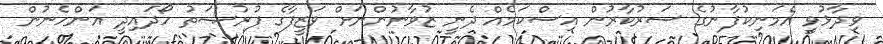
ވިދާޅުވީ އެމަނިކުފާނުގެ ސަރުކާރުން އިސްކަމެއް ދެނީ ޒުވާނުންނަށް ވަޒީފާގެ ފުރުޞަތު ހޯދައިދީ އަންހެނުން